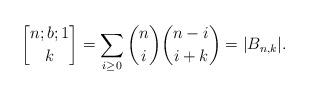
LaTeX: \begin{align*}{n;b;1 \brack k} = \sum_{i \ge 0} \binom{n}{i} \binom{n-i}{i+k} = |B_{n,k}|.\end{align*}